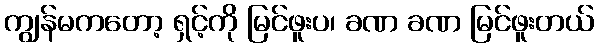
ကျွန်မကတော့ ရှင့်ကို မြင်ဖူးပ၊ ခဏ ခဏ မြင်ဖူးတယ်